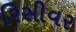
રિસીવર